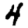
Digit: 4